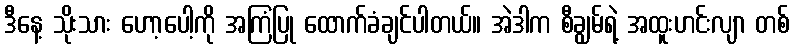
ဒီနေ့ သိုးသား ဟော့ပေါ့ကို အကြံပြု ထောက်ခံချင်ပါတယ်။ အဲဒါက စီချွမ်ရဲ့ အထူးဟင်းလျာ တစ်